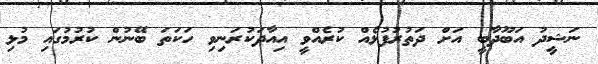
ނަޝީދު އަބޫދާބީ އަށް ދަތުރުފުޅެއް ކުރެއްވީ އިއާދަކުރަނިވި ހަކަތަ ބޭނުން ކުރުމުގައި މުޅި